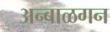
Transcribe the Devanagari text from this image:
अन्बाळगन